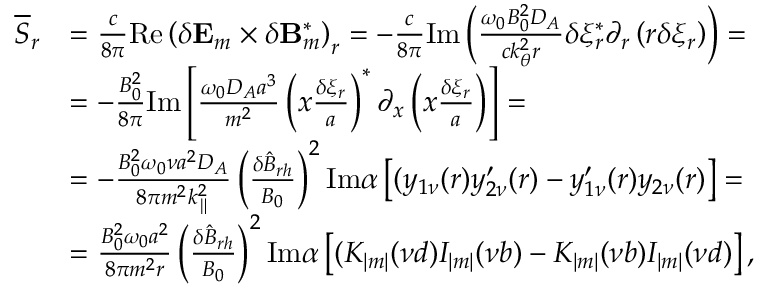
\begin{array} { r l } { \overline { { S } } _ { r } } & { = \frac { c } { 8 \pi } \mathrm { R e } \left( \delta \mathbf { E } _ { m } \times \delta \mathbf { B } _ { m } ^ { * } \right) _ { r } = - \frac { c } { 8 \pi } \mathrm { I m } \left( \frac { \omega _ { 0 } B _ { 0 } ^ { 2 } D _ { A } } { c k _ { \theta } ^ { 2 } r } \delta \xi _ { r } ^ { * } \partial _ { r } \left( r \delta \xi _ { r } \right) \right) = } \\ & { = - \frac { B _ { 0 } ^ { 2 } } { 8 \pi } \mathrm { I m } \left[ \frac { \omega _ { 0 } D _ { A } a ^ { 3 } } { m ^ { 2 } } \left( x \frac { \delta \xi _ { r } } { a } \right) ^ { * } \partial _ { x } \left( x \frac { \delta \xi _ { r } } { a } \right) \right] = } \\ & { = - \frac { B _ { 0 } ^ { 2 } \omega _ { 0 } \nu a ^ { 2 } D _ { A } } { 8 \pi m ^ { 2 } k _ { \parallel } ^ { 2 } } \left( \frac { \delta \hat { B } _ { r h } } { B _ { 0 } } \right) ^ { 2 } \mathrm { I m } \alpha \left[ ( y _ { 1 \nu } ( r ) y _ { 2 \nu } ^ { \prime } ( r ) - y _ { 1 \nu } ^ { \prime } ( r ) y _ { 2 \nu } ( r ) \right] = } \\ & { = \frac { B _ { 0 } ^ { 2 } \omega _ { 0 } a ^ { 2 } } { 8 \pi m ^ { 2 } r } \left( \frac { \delta \hat { B } _ { r h } } { B _ { 0 } } \right) ^ { 2 } \mathrm { I m } \alpha \left[ ( K _ { | m | } ( \nu d ) I _ { | m | } ( \nu b ) - K _ { | m | } ( \nu b ) I _ { | m | } ( \nu d ) \right] , } \end{array}